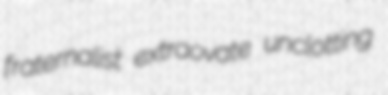
fraternalist extraovate unclotting